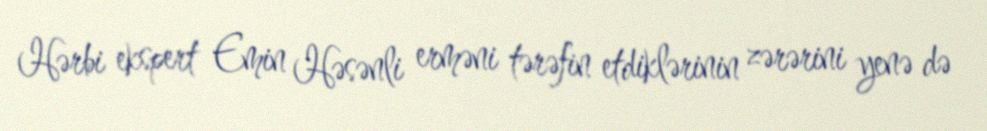
Hərbi ekspert Emin Həsənli erməni tərəfin etdiklərinin zərərini yenə də